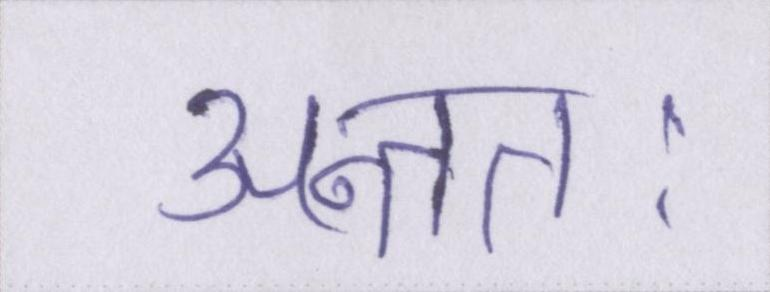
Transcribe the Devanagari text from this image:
अन्ततः